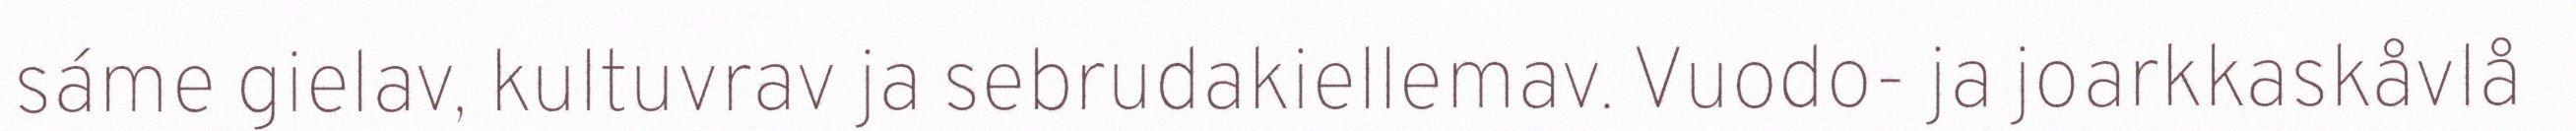
sáme gielav, kultuvrav ja sebrudakiellemav. Vuodo- ja joarkkaskåvlå